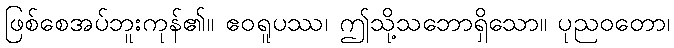
ဖြစ်စေအပ်ဘူးကုန်၏။ ဧဝရူပဿ၊ ဤသို့သဘောရှိသော။ ပုညဝတော၊